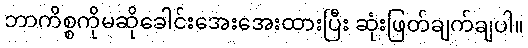
ဘာကိစ္စကိုမဆိုခေါင်းအေးအေးထားပြီး ဆုံးဖြတ်ချက်ချပါ။